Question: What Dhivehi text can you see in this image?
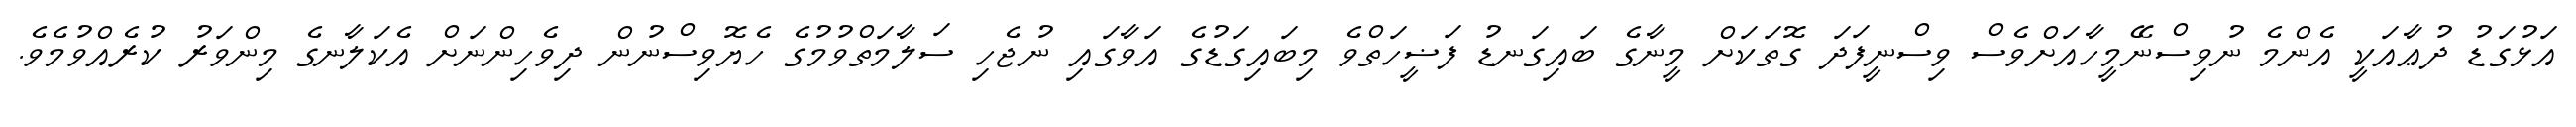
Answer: އަޅުގަޑު ދުޢާއަކީ އެންމެ ނުވިސްނޭމީހާއަށްވެސް ވިސްނީފަދަ ގޮތަކަށް މީނާގެ ބައިގަނޑު ފަޟީހަތްވެ މިބައިގަޑުގެ އަވާގައި ނުޖެހި ސަލާމަތްވުމުގެ ހެޔޮވިސްނުން ދިވެހިންނަށް އެކަލާނގެ މިންވަރު ކުރެއްވުމެވެ.